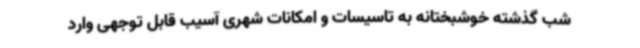
شب گذشته خوشبختانه به تاسیسات و امکانات شهری آسیب قابل توجهی وارد